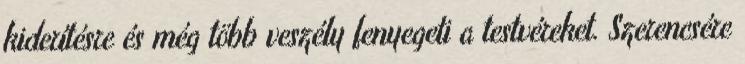
kiderítésre és még több veszély fenyegeti a testvéreket. Szerencsére